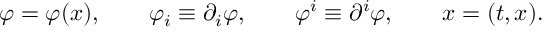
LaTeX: \varphi = \varphi ( x ) , \qquad \varphi _ { i } \equiv \partial _ { i } \varphi , \qquad \varphi ^ { i } \equiv \partial ^ { i } \varphi , \qquad x = ( t , x ) .